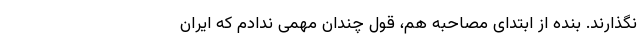
نگذارند. بنده از ابتدای مصاحبه هم، قول چندان مهمی ندادم که ایران